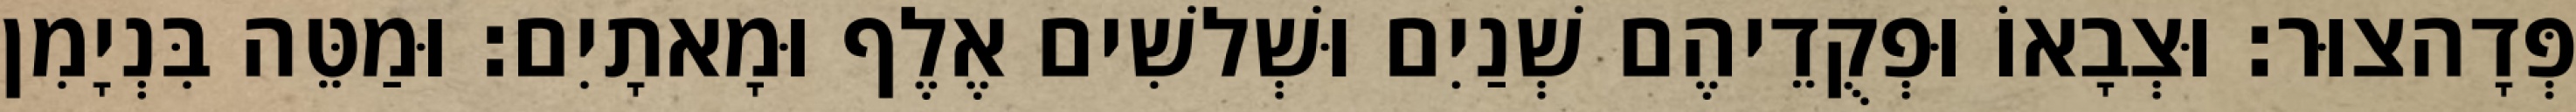
פְּדָהצוּר׃ וּצְבָאוֹ וּפְקֻדֵיהֶם שְׁנַיִם וּשְׁלשִׁים אֶלֶף וּמָאתָיִם׃ וּמַטֵּה בִּנְיָמִן